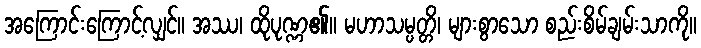
အကြောင်းကြောင့်လျှင်။ အဿ၊ ထိုပုဏ္ဏ၏။ မဟာသမ္ပတ္တိ၊ များစွာသော စည်းစိမ်ချမ်းသာကို။